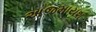
અજમાયશ